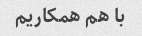
با هم همکاریم